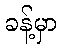
ခန့်မှာ